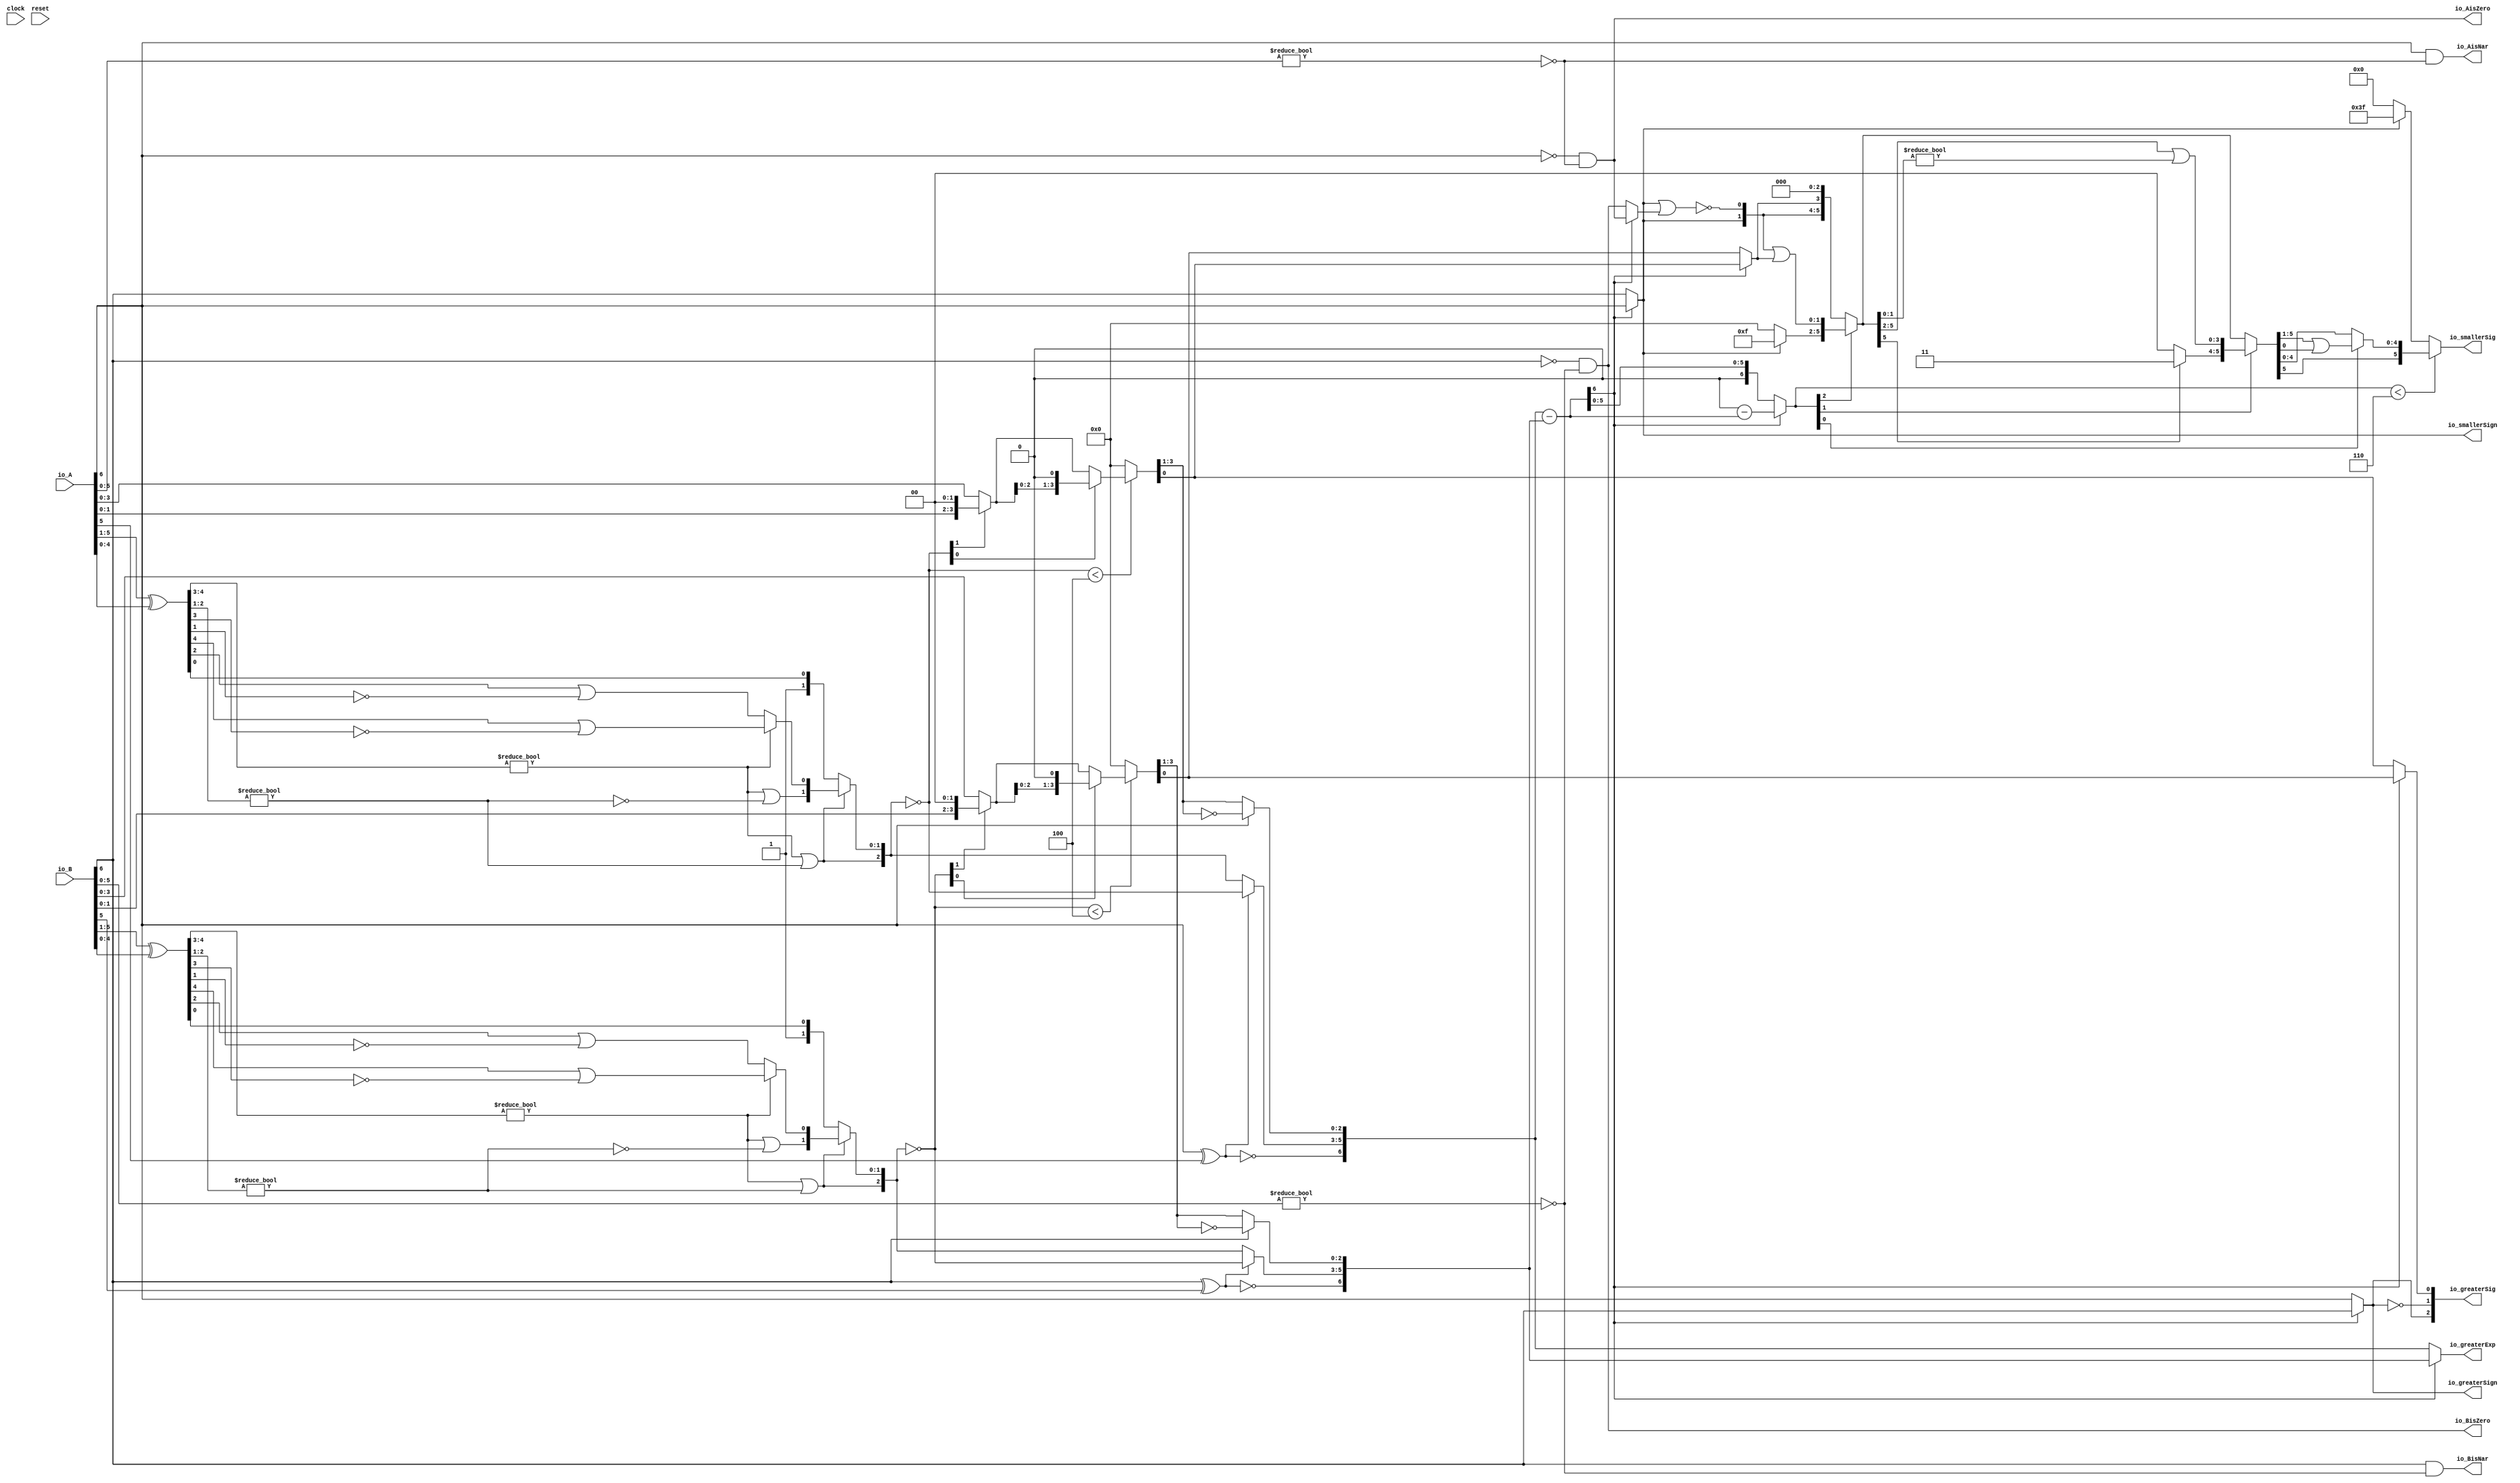
module Sig_op_approx7_3(
  input        clock,
  input        reset,
  input  [6:0] io_A,
  input  [6:0] io_B,
  output       io_greaterSign,
  output       io_smallerSign,
  output [6:0] io_greaterExp,
  output [2:0] io_greaterSig,
  output [5:0] io_smallerSig,
  output       io_AisNar,
  output       io_BisNar,
  output       io_AisZero,
  output       io_BisZero
);
  wire  _T_1; // @[convert.scala 18:24]
  wire  _T_2; // @[convert.scala 18:40]
  wire  _T_3; // @[convert.scala 18:36]
  wire [4:0] _T_4; // @[convert.scala 19:24]
  wire [4:0] _T_5; // @[convert.scala 19:43]
  wire [4:0] _T_6; // @[convert.scala 19:39]
  wire [3:0] _T_7; // @[LZD.scala 43:32]
  wire [1:0] _T_8; // @[LZD.scala 43:32]
  wire  _T_9; // @[LZD.scala 39:14]
  wire  _T_10; // @[LZD.scala 39:21]
  wire  _T_11; // @[LZD.scala 39:30]
  wire  _T_12; // @[LZD.scala 39:27]
  wire  _T_13; // @[LZD.scala 39:25]
  wire [1:0] _T_14; // @[Cat.scala 29:58]
  wire [1:0] _T_15; // @[LZD.scala 44:32]
  wire  _T_16; // @[LZD.scala 39:14]
  wire  _T_17; // @[LZD.scala 39:21]
  wire  _T_18; // @[LZD.scala 39:30]
  wire  _T_19; // @[LZD.scala 39:27]
  wire  _T_20; // @[LZD.scala 39:25]
  wire [1:0] _T_21; // @[Cat.scala 29:58]
  wire  _T_22; // @[Shift.scala 12:21]
  wire  _T_23; // @[Shift.scala 12:21]
  wire  _T_24; // @[LZD.scala 49:16]
  wire  _T_25; // @[LZD.scala 49:27]
  wire  _T_26; // @[LZD.scala 49:25]
  wire  _T_27; // @[LZD.scala 49:47]
  wire  _T_28; // @[LZD.scala 49:59]
  wire  _T_29; // @[LZD.scala 49:35]
  wire [2:0] _T_31; // @[Cat.scala 29:58]
  wire  _T_32; // @[LZD.scala 44:32]
  wire  _T_34; // @[Shift.scala 12:21]
  wire [1:0] _T_36; // @[Cat.scala 29:58]
  wire [1:0] _T_37; // @[LZD.scala 55:32]
  wire [1:0] _T_38; // @[LZD.scala 55:20]
  wire [2:0] _T_39; // @[Cat.scala 29:58]
  wire [2:0] _T_40; // @[convert.scala 21:22]
  wire [3:0] _T_41; // @[convert.scala 22:36]
  wire  _T_42; // @[Shift.scala 16:24]
  wire [1:0] _T_43; // @[Shift.scala 17:37]
  wire  _T_44; // @[Shift.scala 12:21]
  wire [1:0] _T_45; // @[Shift.scala 64:52]
  wire [3:0] _T_47; // @[Cat.scala 29:58]
  wire [3:0] _T_48; // @[Shift.scala 64:27]
  wire  _T_49; // @[Shift.scala 66:70]
  wire [2:0] _T_51; // @[Shift.scala 64:52]
  wire [3:0] _T_52; // @[Cat.scala 29:58]
  wire [3:0] _T_53; // @[Shift.scala 64:27]
  wire [3:0] _T_54; // @[Shift.scala 16:10]
  wire [2:0] _T_55; // @[convert.scala 23:34]
  wire  decA_fraction; // @[convert.scala 24:34]
  wire  _T_57; // @[convert.scala 25:26]
  wire [2:0] _T_59; // @[convert.scala 25:42]
  wire [2:0] _T_62; // @[convert.scala 26:67]
  wire [2:0] _T_63; // @[convert.scala 26:51]
  wire [6:0] _T_64; // @[Cat.scala 29:58]
  wire [5:0] _T_66; // @[convert.scala 29:56]
  wire  _T_67; // @[convert.scala 29:60]
  wire  _T_68; // @[convert.scala 29:41]
  wire  _T_71; // @[convert.scala 30:19]
  wire  decA_isZero; // @[convert.scala 30:41]
  wire [6:0] decA_scale; // @[convert.scala 32:24]
  wire  _T_80; // @[convert.scala 18:24]
  wire  _T_81; // @[convert.scala 18:40]
  wire  _T_82; // @[convert.scala 18:36]
  wire [4:0] _T_83; // @[convert.scala 19:24]
  wire [4:0] _T_84; // @[convert.scala 19:43]
  wire [4:0] _T_85; // @[convert.scala 19:39]
  wire [3:0] _T_86; // @[LZD.scala 43:32]
  wire [1:0] _T_87; // @[LZD.scala 43:32]
  wire  _T_88; // @[LZD.scala 39:14]
  wire  _T_89; // @[LZD.scala 39:21]
  wire  _T_90; // @[LZD.scala 39:30]
  wire  _T_91; // @[LZD.scala 39:27]
  wire  _T_92; // @[LZD.scala 39:25]
  wire [1:0] _T_93; // @[Cat.scala 29:58]
  wire [1:0] _T_94; // @[LZD.scala 44:32]
  wire  _T_95; // @[LZD.scala 39:14]
  wire  _T_96; // @[LZD.scala 39:21]
  wire  _T_97; // @[LZD.scala 39:30]
  wire  _T_98; // @[LZD.scala 39:27]
  wire  _T_99; // @[LZD.scala 39:25]
  wire [1:0] _T_100; // @[Cat.scala 29:58]
  wire  _T_101; // @[Shift.scala 12:21]
  wire  _T_102; // @[Shift.scala 12:21]
  wire  _T_103; // @[LZD.scala 49:16]
  wire  _T_104; // @[LZD.scala 49:27]
  wire  _T_105; // @[LZD.scala 49:25]
  wire  _T_106; // @[LZD.scala 49:47]
  wire  _T_107; // @[LZD.scala 49:59]
  wire  _T_108; // @[LZD.scala 49:35]
  wire [2:0] _T_110; // @[Cat.scala 29:58]
  wire  _T_111; // @[LZD.scala 44:32]
  wire  _T_113; // @[Shift.scala 12:21]
  wire [1:0] _T_115; // @[Cat.scala 29:58]
  wire [1:0] _T_116; // @[LZD.scala 55:32]
  wire [1:0] _T_117; // @[LZD.scala 55:20]
  wire [2:0] _T_118; // @[Cat.scala 29:58]
  wire [2:0] _T_119; // @[convert.scala 21:22]
  wire [3:0] _T_120; // @[convert.scala 22:36]
  wire  _T_121; // @[Shift.scala 16:24]
  wire [1:0] _T_122; // @[Shift.scala 17:37]
  wire  _T_123; // @[Shift.scala 12:21]
  wire [1:0] _T_124; // @[Shift.scala 64:52]
  wire [3:0] _T_126; // @[Cat.scala 29:58]
  wire [3:0] _T_127; // @[Shift.scala 64:27]
  wire  _T_128; // @[Shift.scala 66:70]
  wire [2:0] _T_130; // @[Shift.scala 64:52]
  wire [3:0] _T_131; // @[Cat.scala 29:58]
  wire [3:0] _T_132; // @[Shift.scala 64:27]
  wire [3:0] _T_133; // @[Shift.scala 16:10]
  wire [2:0] _T_134; // @[convert.scala 23:34]
  wire  decB_fraction; // @[convert.scala 24:34]
  wire  _T_136; // @[convert.scala 25:26]
  wire [2:0] _T_138; // @[convert.scala 25:42]
  wire [2:0] _T_141; // @[convert.scala 26:67]
  wire [2:0] _T_142; // @[convert.scala 26:51]
  wire [6:0] _T_143; // @[Cat.scala 29:58]
  wire [5:0] _T_145; // @[convert.scala 29:56]
  wire  _T_146; // @[convert.scala 29:60]
  wire  _T_147; // @[convert.scala 29:41]
  wire  _T_150; // @[convert.scala 30:19]
  wire  decB_isZero; // @[convert.scala 30:41]
  wire [6:0] decB_scale; // @[convert.scala 32:24]
  wire [6:0] _T_159; // @[Sig_op_approx.scala 37:30]
  wire [6:0] scale_diff; // @[Sig_op_approx.scala 37:30]
  wire  _T_160; // @[Sig_op_approx.scala 38:37]
  wire  aGTb; // @[Sig_op_approx.scala 38:21]
  wire  greaterFrac; // @[Sig_op_approx.scala 43:24]
  wire  smallerFrac; // @[Sig_op_approx.scala 44:24]
  wire  smallerZero; // @[Sig_op_approx.scala 45:24]
  wire [6:0] _T_166; // @[Sig_op_approx.scala 46:35]
  wire [6:0] _T_167; // @[Sig_op_approx.scala 46:35]
  wire [6:0] sdiff; // @[Sig_op_approx.scala 46:18]
  wire  _T_168; // @[Sig_op_approx.scala 51:53]
  wire  _T_169; // @[Sig_op_approx.scala 51:36]
  wire [5:0] _T_172; // @[Cat.scala 29:58]
  wire [6:0] _T_173; // @[Sig_op_approx.scala 51:119]
  wire  _T_174; // @[Shift.scala 39:24]
  wire [2:0] _T_175; // @[Shift.scala 40:44]
  wire [1:0] _T_176; // @[Shift.scala 90:30]
  wire [3:0] _T_177; // @[Shift.scala 90:48]
  wire  _T_178; // @[Shift.scala 90:57]
  wire [1:0] _GEN_0; // @[Shift.scala 90:39]
  wire [1:0] _T_179; // @[Shift.scala 90:39]
  wire  _T_180; // @[Shift.scala 12:21]
  wire  _T_181; // @[Shift.scala 12:21]
  wire [3:0] _T_183; // @[Bitwise.scala 71:12]
  wire [5:0] _T_184; // @[Cat.scala 29:58]
  wire [5:0] _T_185; // @[Shift.scala 91:22]
  wire [1:0] _T_186; // @[Shift.scala 92:77]
  wire [3:0] _T_187; // @[Shift.scala 90:30]
  wire [1:0] _T_188; // @[Shift.scala 90:48]
  wire  _T_189; // @[Shift.scala 90:57]
  wire [3:0] _GEN_1; // @[Shift.scala 90:39]
  wire [3:0] _T_190; // @[Shift.scala 90:39]
  wire  _T_191; // @[Shift.scala 12:21]
  wire  _T_192; // @[Shift.scala 12:21]
  wire [1:0] _T_194; // @[Bitwise.scala 71:12]
  wire [5:0] _T_195; // @[Cat.scala 29:58]
  wire [5:0] _T_196; // @[Shift.scala 91:22]
  wire  _T_197; // @[Shift.scala 92:77]
  wire [4:0] _T_198; // @[Shift.scala 90:30]
  wire  _T_199; // @[Shift.scala 90:48]
  wire [4:0] _GEN_2; // @[Shift.scala 90:39]
  wire [4:0] _T_201; // @[Shift.scala 90:39]
  wire  _T_203; // @[Shift.scala 12:21]
  wire [5:0] _T_204; // @[Cat.scala 29:58]
  wire [5:0] _T_205; // @[Shift.scala 91:22]
  wire [5:0] _T_208; // @[Bitwise.scala 71:12]
  wire  _T_209; // @[Sig_op_approx.scala 57:40]
  wire [1:0] _T_210; // @[Cat.scala 29:58]
  assign _T_1 = io_A[6]; // @[convert.scala 18:24]
  assign _T_2 = io_A[5]; // @[convert.scala 18:40]
  assign _T_3 = _T_1 ^ _T_2; // @[convert.scala 18:36]
  assign _T_4 = io_A[5:1]; // @[convert.scala 19:24]
  assign _T_5 = io_A[4:0]; // @[convert.scala 19:43]
  assign _T_6 = _T_4 ^ _T_5; // @[convert.scala 19:39]
  assign _T_7 = _T_6[4:1]; // @[LZD.scala 43:32]
  assign _T_8 = _T_7[3:2]; // @[LZD.scala 43:32]
  assign _T_9 = _T_8 != 2'h0; // @[LZD.scala 39:14]
  assign _T_10 = _T_8[1]; // @[LZD.scala 39:21]
  assign _T_11 = _T_8[0]; // @[LZD.scala 39:30]
  assign _T_12 = ~ _T_11; // @[LZD.scala 39:27]
  assign _T_13 = _T_10 | _T_12; // @[LZD.scala 39:25]
  assign _T_14 = {_T_9,_T_13}; // @[Cat.scala 29:58]
  assign _T_15 = _T_7[1:0]; // @[LZD.scala 44:32]
  assign _T_16 = _T_15 != 2'h0; // @[LZD.scala 39:14]
  assign _T_17 = _T_15[1]; // @[LZD.scala 39:21]
  assign _T_18 = _T_15[0]; // @[LZD.scala 39:30]
  assign _T_19 = ~ _T_18; // @[LZD.scala 39:27]
  assign _T_20 = _T_17 | _T_19; // @[LZD.scala 39:25]
  assign _T_21 = {_T_16,_T_20}; // @[Cat.scala 29:58]
  assign _T_22 = _T_14[1]; // @[Shift.scala 12:21]
  assign _T_23 = _T_21[1]; // @[Shift.scala 12:21]
  assign _T_24 = _T_22 | _T_23; // @[LZD.scala 49:16]
  assign _T_25 = ~ _T_23; // @[LZD.scala 49:27]
  assign _T_26 = _T_22 | _T_25; // @[LZD.scala 49:25]
  assign _T_27 = _T_14[0:0]; // @[LZD.scala 49:47]
  assign _T_28 = _T_21[0:0]; // @[LZD.scala 49:59]
  assign _T_29 = _T_22 ? _T_27 : _T_28; // @[LZD.scala 49:35]
  assign _T_31 = {_T_24,_T_26,_T_29}; // @[Cat.scala 29:58]
  assign _T_32 = _T_6[0:0]; // @[LZD.scala 44:32]
  assign _T_34 = _T_31[2]; // @[Shift.scala 12:21]
  assign _T_36 = {1'h1,_T_32}; // @[Cat.scala 29:58]
  assign _T_37 = _T_31[1:0]; // @[LZD.scala 55:32]
  assign _T_38 = _T_34 ? _T_37 : _T_36; // @[LZD.scala 55:20]
  assign _T_39 = {_T_34,_T_38}; // @[Cat.scala 29:58]
  assign _T_40 = ~ _T_39; // @[convert.scala 21:22]
  assign _T_41 = io_A[3:0]; // @[convert.scala 22:36]
  assign _T_42 = _T_40 < 3'h4; // @[Shift.scala 16:24]
  assign _T_43 = _T_40[1:0]; // @[Shift.scala 17:37]
  assign _T_44 = _T_43[1]; // @[Shift.scala 12:21]
  assign _T_45 = _T_41[1:0]; // @[Shift.scala 64:52]
  assign _T_47 = {_T_45,2'h0}; // @[Cat.scala 29:58]
  assign _T_48 = _T_44 ? _T_47 : _T_41; // @[Shift.scala 64:27]
  assign _T_49 = _T_43[0:0]; // @[Shift.scala 66:70]
  assign _T_51 = _T_48[2:0]; // @[Shift.scala 64:52]
  assign _T_52 = {_T_51,1'h0}; // @[Cat.scala 29:58]
  assign _T_53 = _T_49 ? _T_52 : _T_48; // @[Shift.scala 64:27]
  assign _T_54 = _T_42 ? _T_53 : 4'h0; // @[Shift.scala 16:10]
  assign _T_55 = _T_54[3:1]; // @[convert.scala 23:34]
  assign decA_fraction = _T_54[0:0]; // @[convert.scala 24:34]
  assign _T_57 = _T_3 == 1'h0; // @[convert.scala 25:26]
  assign _T_59 = _T_3 ? _T_40 : _T_39; // @[convert.scala 25:42]
  assign _T_62 = ~ _T_55; // @[convert.scala 26:67]
  assign _T_63 = _T_1 ? _T_62 : _T_55; // @[convert.scala 26:51]
  assign _T_64 = {_T_57,_T_59,_T_63}; // @[Cat.scala 29:58]
  assign _T_66 = io_A[5:0]; // @[convert.scala 29:56]
  assign _T_67 = _T_66 != 6'h0; // @[convert.scala 29:60]
  assign _T_68 = ~ _T_67; // @[convert.scala 29:41]
  assign _T_71 = _T_1 == 1'h0; // @[convert.scala 30:19]
  assign decA_isZero = _T_71 & _T_68; // @[convert.scala 30:41]
  assign decA_scale = $signed(_T_64); // @[convert.scala 32:24]
  assign _T_80 = io_B[6]; // @[convert.scala 18:24]
  assign _T_81 = io_B[5]; // @[convert.scala 18:40]
  assign _T_82 = _T_80 ^ _T_81; // @[convert.scala 18:36]
  assign _T_83 = io_B[5:1]; // @[convert.scala 19:24]
  assign _T_84 = io_B[4:0]; // @[convert.scala 19:43]
  assign _T_85 = _T_83 ^ _T_84; // @[convert.scala 19:39]
  assign _T_86 = _T_85[4:1]; // @[LZD.scala 43:32]
  assign _T_87 = _T_86[3:2]; // @[LZD.scala 43:32]
  assign _T_88 = _T_87 != 2'h0; // @[LZD.scala 39:14]
  assign _T_89 = _T_87[1]; // @[LZD.scala 39:21]
  assign _T_90 = _T_87[0]; // @[LZD.scala 39:30]
  assign _T_91 = ~ _T_90; // @[LZD.scala 39:27]
  assign _T_92 = _T_89 | _T_91; // @[LZD.scala 39:25]
  assign _T_93 = {_T_88,_T_92}; // @[Cat.scala 29:58]
  assign _T_94 = _T_86[1:0]; // @[LZD.scala 44:32]
  assign _T_95 = _T_94 != 2'h0; // @[LZD.scala 39:14]
  assign _T_96 = _T_94[1]; // @[LZD.scala 39:21]
  assign _T_97 = _T_94[0]; // @[LZD.scala 39:30]
  assign _T_98 = ~ _T_97; // @[LZD.scala 39:27]
  assign _T_99 = _T_96 | _T_98; // @[LZD.scala 39:25]
  assign _T_100 = {_T_95,_T_99}; // @[Cat.scala 29:58]
  assign _T_101 = _T_93[1]; // @[Shift.scala 12:21]
  assign _T_102 = _T_100[1]; // @[Shift.scala 12:21]
  assign _T_103 = _T_101 | _T_102; // @[LZD.scala 49:16]
  assign _T_104 = ~ _T_102; // @[LZD.scala 49:27]
  assign _T_105 = _T_101 | _T_104; // @[LZD.scala 49:25]
  assign _T_106 = _T_93[0:0]; // @[LZD.scala 49:47]
  assign _T_107 = _T_100[0:0]; // @[LZD.scala 49:59]
  assign _T_108 = _T_101 ? _T_106 : _T_107; // @[LZD.scala 49:35]
  assign _T_110 = {_T_103,_T_105,_T_108}; // @[Cat.scala 29:58]
  assign _T_111 = _T_85[0:0]; // @[LZD.scala 44:32]
  assign _T_113 = _T_110[2]; // @[Shift.scala 12:21]
  assign _T_115 = {1'h1,_T_111}; // @[Cat.scala 29:58]
  assign _T_116 = _T_110[1:0]; // @[LZD.scala 55:32]
  assign _T_117 = _T_113 ? _T_116 : _T_115; // @[LZD.scala 55:20]
  assign _T_118 = {_T_113,_T_117}; // @[Cat.scala 29:58]
  assign _T_119 = ~ _T_118; // @[convert.scala 21:22]
  assign _T_120 = io_B[3:0]; // @[convert.scala 22:36]
  assign _T_121 = _T_119 < 3'h4; // @[Shift.scala 16:24]
  assign _T_122 = _T_119[1:0]; // @[Shift.scala 17:37]
  assign _T_123 = _T_122[1]; // @[Shift.scala 12:21]
  assign _T_124 = _T_120[1:0]; // @[Shift.scala 64:52]
  assign _T_126 = {_T_124,2'h0}; // @[Cat.scala 29:58]
  assign _T_127 = _T_123 ? _T_126 : _T_120; // @[Shift.scala 64:27]
  assign _T_128 = _T_122[0:0]; // @[Shift.scala 66:70]
  assign _T_130 = _T_127[2:0]; // @[Shift.scala 64:52]
  assign _T_131 = {_T_130,1'h0}; // @[Cat.scala 29:58]
  assign _T_132 = _T_128 ? _T_131 : _T_127; // @[Shift.scala 64:27]
  assign _T_133 = _T_121 ? _T_132 : 4'h0; // @[Shift.scala 16:10]
  assign _T_134 = _T_133[3:1]; // @[convert.scala 23:34]
  assign decB_fraction = _T_133[0:0]; // @[convert.scala 24:34]
  assign _T_136 = _T_82 == 1'h0; // @[convert.scala 25:26]
  assign _T_138 = _T_82 ? _T_119 : _T_118; // @[convert.scala 25:42]
  assign _T_141 = ~ _T_134; // @[convert.scala 26:67]
  assign _T_142 = _T_80 ? _T_141 : _T_134; // @[convert.scala 26:51]
  assign _T_143 = {_T_136,_T_138,_T_142}; // @[Cat.scala 29:58]
  assign _T_145 = io_B[5:0]; // @[convert.scala 29:56]
  assign _T_146 = _T_145 != 6'h0; // @[convert.scala 29:60]
  assign _T_147 = ~ _T_146; // @[convert.scala 29:41]
  assign _T_150 = _T_80 == 1'h0; // @[convert.scala 30:19]
  assign decB_isZero = _T_150 & _T_147; // @[convert.scala 30:41]
  assign decB_scale = $signed(_T_143); // @[convert.scala 32:24]
  assign _T_159 = $signed(decA_scale) - $signed(decB_scale); // @[Sig_op_approx.scala 37:30]
  assign scale_diff = $signed(_T_159); // @[Sig_op_approx.scala 37:30]
  assign _T_160 = scale_diff[6:6]; // @[Sig_op_approx.scala 38:37]
  assign aGTb = ~ _T_160; // @[Sig_op_approx.scala 38:21]
  assign greaterFrac = aGTb ? decA_fraction : decB_fraction; // @[Sig_op_approx.scala 43:24]
  assign smallerFrac = aGTb ? decB_fraction : decA_fraction; // @[Sig_op_approx.scala 44:24]
  assign smallerZero = aGTb ? decB_isZero : decA_isZero; // @[Sig_op_approx.scala 45:24]
  assign _T_166 = $signed(7'sh0) - $signed(scale_diff); // @[Sig_op_approx.scala 46:35]
  assign _T_167 = $signed(_T_166); // @[Sig_op_approx.scala 46:35]
  assign sdiff = aGTb ? $signed(scale_diff) : $signed(_T_167); // @[Sig_op_approx.scala 46:18]
  assign _T_168 = io_smallerSign | smallerZero; // @[Sig_op_approx.scala 51:53]
  assign _T_169 = ~ _T_168; // @[Sig_op_approx.scala 51:36]
  assign _T_172 = {io_smallerSign,_T_169,smallerFrac,3'h0}; // @[Cat.scala 29:58]
  assign _T_173 = $unsigned(sdiff); // @[Sig_op_approx.scala 51:119]
  assign _T_174 = _T_173 < 7'h6; // @[Shift.scala 39:24]
  assign _T_175 = _T_173[2:0]; // @[Shift.scala 40:44]
  assign _T_176 = _T_172[5:4]; // @[Shift.scala 90:30]
  assign _T_177 = _T_172[3:0]; // @[Shift.scala 90:48]
  assign _T_178 = _T_177 != 4'h0; // @[Shift.scala 90:57]
  assign _GEN_0 = {{1'd0}, _T_178}; // @[Shift.scala 90:39]
  assign _T_179 = _T_176 | _GEN_0; // @[Shift.scala 90:39]
  assign _T_180 = _T_175[2]; // @[Shift.scala 12:21]
  assign _T_181 = _T_172[5]; // @[Shift.scala 12:21]
  assign _T_183 = _T_181 ? 4'hf : 4'h0; // @[Bitwise.scala 71:12]
  assign _T_184 = {_T_183,_T_179}; // @[Cat.scala 29:58]
  assign _T_185 = _T_180 ? _T_184 : _T_172; // @[Shift.scala 91:22]
  assign _T_186 = _T_175[1:0]; // @[Shift.scala 92:77]
  assign _T_187 = _T_185[5:2]; // @[Shift.scala 90:30]
  assign _T_188 = _T_185[1:0]; // @[Shift.scala 90:48]
  assign _T_189 = _T_188 != 2'h0; // @[Shift.scala 90:57]
  assign _GEN_1 = {{3'd0}, _T_189}; // @[Shift.scala 90:39]
  assign _T_190 = _T_187 | _GEN_1; // @[Shift.scala 90:39]
  assign _T_191 = _T_186[1]; // @[Shift.scala 12:21]
  assign _T_192 = _T_185[5]; // @[Shift.scala 12:21]
  assign _T_194 = _T_192 ? 2'h3 : 2'h0; // @[Bitwise.scala 71:12]
  assign _T_195 = {_T_194,_T_190}; // @[Cat.scala 29:58]
  assign _T_196 = _T_191 ? _T_195 : _T_185; // @[Shift.scala 91:22]
  assign _T_197 = _T_186[0:0]; // @[Shift.scala 92:77]
  assign _T_198 = _T_196[5:1]; // @[Shift.scala 90:30]
  assign _T_199 = _T_196[0:0]; // @[Shift.scala 90:48]
  assign _GEN_2 = {{4'd0}, _T_199}; // @[Shift.scala 90:39]
  assign _T_201 = _T_198 | _GEN_2; // @[Shift.scala 90:39]
  assign _T_203 = _T_196[5]; // @[Shift.scala 12:21]
  assign _T_204 = {_T_203,_T_201}; // @[Cat.scala 29:58]
  assign _T_205 = _T_197 ? _T_204 : _T_196; // @[Shift.scala 91:22]
  assign _T_208 = _T_181 ? 6'h3f : 6'h0; // @[Bitwise.scala 71:12]
  assign _T_209 = ~ io_greaterSign; // @[Sig_op_approx.scala 57:40]
  assign _T_210 = {io_greaterSign,_T_209}; // @[Cat.scala 29:58]
  assign io_greaterSign = aGTb ? _T_1 : _T_80; // @[Sig_op_approx.scala 39:18]
  assign io_smallerSign = aGTb ? _T_80 : _T_1; // @[Sig_op_approx.scala 40:18]
  assign io_greaterExp = aGTb ? $signed(decA_scale) : $signed(decB_scale); // @[Sig_op_approx.scala 41:18]
  assign io_greaterSig = {_T_210,greaterFrac}; // @[Sig_op_approx.scala 57:17]
  assign io_smallerSig = _T_174 ? _T_205 : _T_208; // @[Sig_op_approx.scala 52:17]
  assign io_AisNar = _T_1 & _T_68; // @[Sig_op_approx.scala 47:13]
  assign io_BisNar = _T_80 & _T_147; // @[Sig_op_approx.scala 48:13]
  assign io_AisZero = _T_71 & _T_68; // @[Sig_op_approx.scala 49:14]
  assign io_BisZero = _T_150 & _T_147; // @[Sig_op_approx.scala 50:14]
endmodule